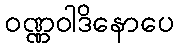
ဝဏ္ဏဝါဒိနောပေ